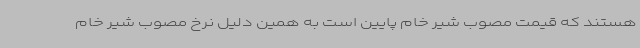
هستند که قیمت مصوب شیر خام پایین است به همین دلیل نرخ مصوب شیر خام